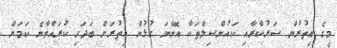
މީގެ އިތުރުން ސަރުކާރާއި ކައުންސިލްތަކާ އޮންނަ ގުޅުން އިތުރަށް ބަދަހި ކުރައްވާނެ ކަމަށް